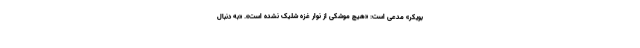
بويكر» مدعی است: «هیچ موشکی از نوار غزه شلیک نشده است». «به دنبال